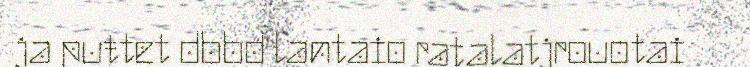
ja puŧtet dbbd lantaio ratalatjrouotai